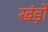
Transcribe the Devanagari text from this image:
खंड़ो